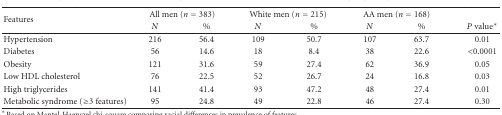
<table><thead><tr><td rowspan="2"><b> Features</b></td><td colspan="2"><b>All men (<i>n</i> = 383)</b></td><td colspan="2"><b>White men (<i>n</i> = 215)</b></td><td colspan="2"><b>AA men (<i>n</i> = 168)</b></td><td></td></tr><tr><td><b><i>N</i></b></td><td><b>%</b></td><td><b><i>N</i></b></td><td><b>%</b></td><td><b><i>N</i></b></td><td><b>%</b></td><td><b><i>P</i> value*</b></td></tr></thead><tbody><tr><td>Hypertension</td><td>216</td><td>56.4</td><td>109</td><td>50.7</td><td>107</td><td>63.7</td><td>0.01</td></tr><tr><td>Diabetes</td><td>56</td><td>14.6</td><td>18</td><td>8.4</td><td>38</td><td>22.6</td><td>&lt;0.0001</td></tr><tr><td>Obesity</td><td>121</td><td>31.6</td><td>59</td><td>27.4</td><td>62</td><td>36.9</td><td>0.05</td></tr><tr><td>Low HDL cholesterol</td><td>76</td><td>22.5</td><td>52</td><td>26.7</td><td>24</td><td>16.8</td><td>0.03</td></tr><tr><td>High triglycerides</td><td>141</td><td>41.4</td><td>93</td><td>47.2</td><td>48</td><td>27.4</td><td>0.01</td></tr><tr><td>Metabolic syndrome (≥3 features)</td><td>95</td><td>24.8</td><td>49</td><td>22.8</td><td>46</td><td>27.4</td><td>0.30</td></tr></tbody></table>